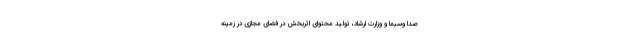
صدا وسیما و وزارت ارشاد، تولید محتوای اثربخش در فضای مجازی در زمینه